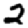
Digit: 2